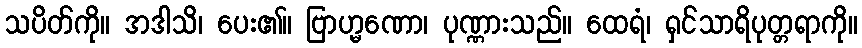
သပိတ်ကို။ အဒါသိ၊ ပေး၏။ ဗြာဟ္မဏော၊ ပုဏ္ဏားသည်။ ထေရံ၊ ရှင်သာရိပုတ္တရာကို။